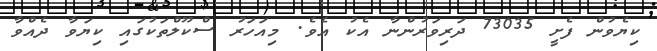
ކިޔެވުން ފެށީ 73035 ދަރިވަރުންނާ އެކު އެވެ. މިއަހަރު ސްކޫލްތަކުގައި ކިޔަވާ ދެއްވާ